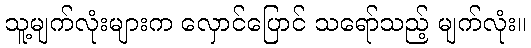
သူ့မျက်လုံးများက လှောင်ပြောင် သရော်သည့် မျက်လုံး။